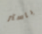
باستر